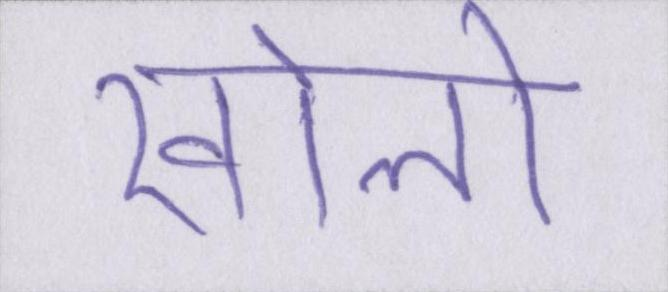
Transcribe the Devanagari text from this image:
खोलो